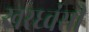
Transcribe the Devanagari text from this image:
खरध्वंसी